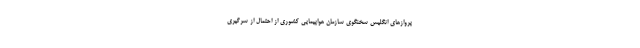
پروازهای انگلیس سخنگوی سازمان هواپیمایی کشوری از احتمال از سرگیری